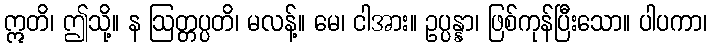
ဣတိ၊ ဤသို့။ န ဩတ္တပ္ပတိ၊ မလန့်။ မေ၊ ငါအား။ ဥပ္ပန္နာ၊ ဖြစ်ကုန်ပြီးသော။ ပါပကာ၊